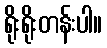
ရိုးရိုးတန်းပါ။